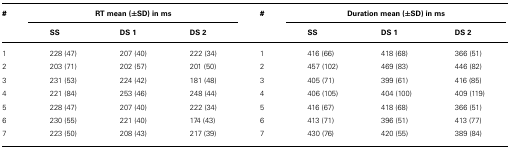
<table><thead><tr><td><b>#</b></td><td colspan="3"><b>RT mean (± SD) in ms</b></td><td><b>#</b></td><td colspan="3"><b>Duration mean (± SD) in ms</b></td></tr><tr><td></td><td><b>SS</b></td><td><b>DS 1</b></td><td><b>DS 2</b></td><td></td><td><b>SS</b></td><td><b>DS 1</b></td><td><b>DS 2</b></td></tr></thead><tbody><tr><td>1</td><td>228 (47)</td><td>207 (40)</td><td>222 (34)</td><td>1</td><td>416 (66)</td><td>418 (68)</td><td>366 (51)</td></tr><tr><td>2</td><td>203 (71)</td><td>202 (57)</td><td>201 (50)</td><td>2</td><td>457 (102)</td><td>469 (83)</td><td>446 (82)</td></tr><tr><td>3</td><td>231 (53)</td><td>224 (42)</td><td>181 (48)</td><td>3</td><td>405 (71)</td><td>399 (61)</td><td>416 (85)</td></tr><tr><td>4</td><td>221 (84)</td><td>253 (46)</td><td>248 (44)</td><td>4</td><td>406 (105)</td><td>404 (100)</td><td>409 (119)</td></tr><tr><td>5</td><td>228 (47)</td><td>207 (40)</td><td>222 (34)</td><td>5</td><td>416 (67)</td><td>418 (68)</td><td>366 (51)</td></tr><tr><td>6</td><td>230 (55)</td><td>221 (40)</td><td>174 (43)</td><td>6</td><td>413 (71)</td><td>396 (51)</td><td>413 (77)</td></tr><tr><td>7</td><td>223 (50)</td><td>208 (43)</td><td>217 (39)</td><td>7</td><td>430 (76)</td><td>420 (55)</td><td>389 (84)</td></tr></tbody></table>